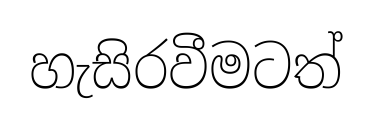
හැසිරවීමටත්